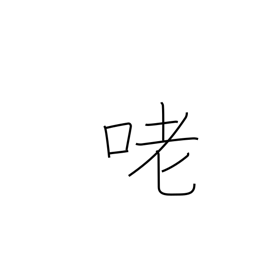
Meaning: voice